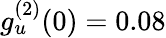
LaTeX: g_{u}^{(2)}(0)=0.08